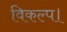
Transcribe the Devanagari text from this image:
विकल्प।